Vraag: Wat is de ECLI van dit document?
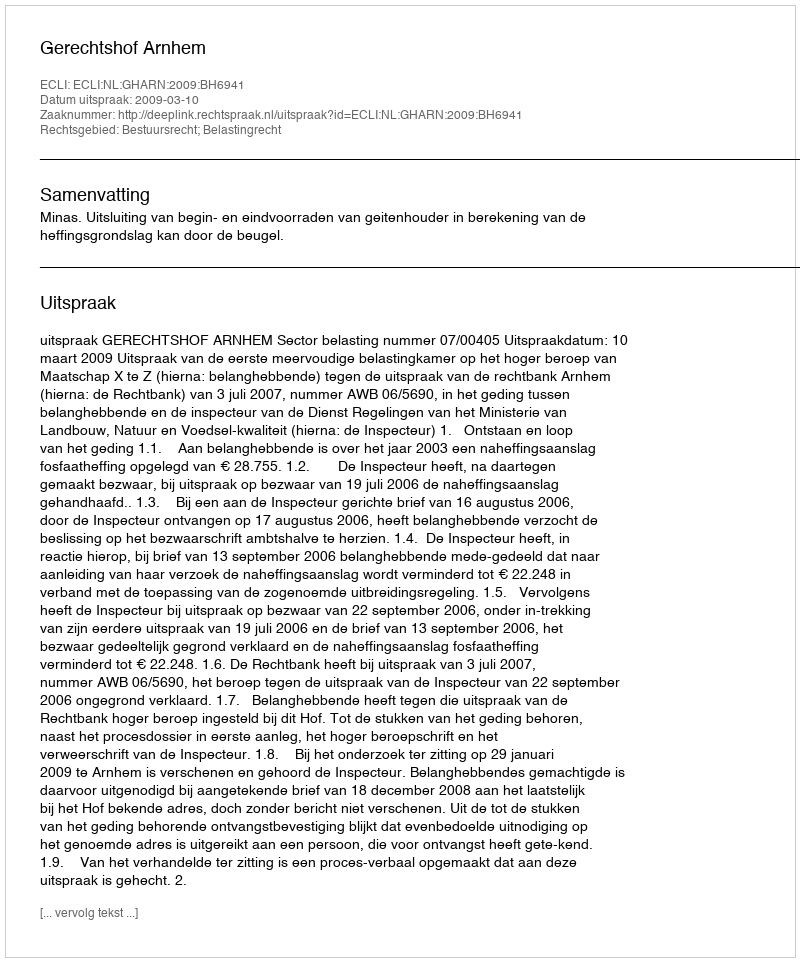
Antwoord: ECLI:NL:GHARN:2009:BH6941